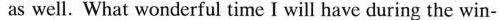
as well. What wonderful time I will have during the win-